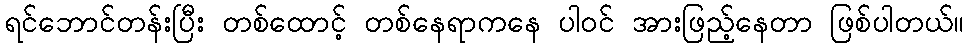
ရင်ဘောင်တန်းပြီး တစ်ထောင့် တစ်နေရာကနေ ပါဝင် အားဖြည့်နေတာ ဖြစ်ပါတယ်။